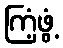
ကြံ့ဖွံ့